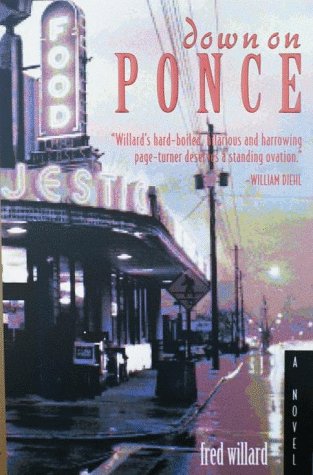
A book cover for Down on Ponce; Fred Willard; Humor & Entertainment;